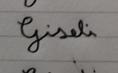
Signature authenticity: forged